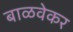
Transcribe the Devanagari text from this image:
बाळवेकर